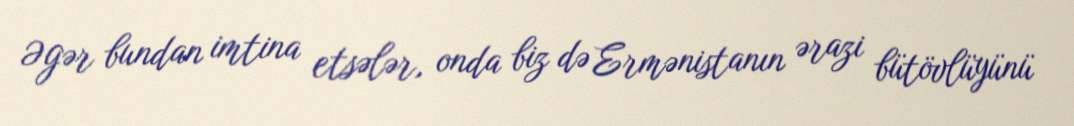
Əgər bundan imtina etsələr, onda biz də Ermənistanın ərazi bütövlüyünü